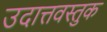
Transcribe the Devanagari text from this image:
उदात्तवस्तुक